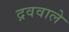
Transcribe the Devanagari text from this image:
द्रववाले